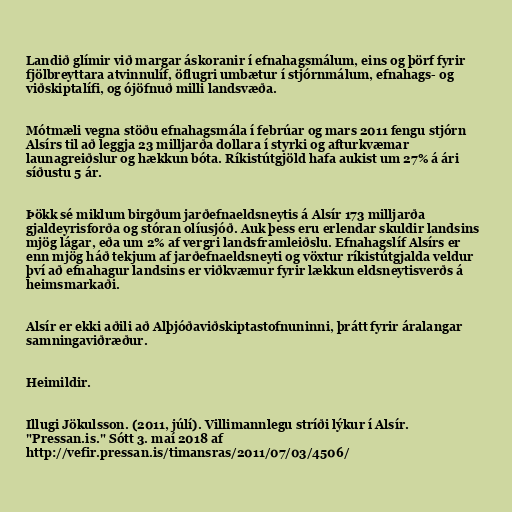
Landið glímir við margar áskoranir í efnahagsmálum, eins og þörf fyrir
fjölbreyttara atvinnulíf, öflugri umbætur í stjórnmálum, efnahags- og
viðskiptalífi, og ójöfnuð milli landsvæða.

Mótmæli vegna stöðu efnahagsmála í febrúar og mars 2011 fengu stjórn
Alsírs til að leggja 23 milljarða dollara í styrki og afturkvæmar
launagreiðslur og hækkun bóta. Ríkistútgjöld hafa aukist um 27% á ári
síðustu 5 ár.

Þökk sé miklum birgðum jarðefnaeldsneytis á Alsír 173 milljarða
gjaldeyrisforða og stóran olíusjóð. Auk þess eru erlendar skuldir landsins
mjög lágar, eða um 2% af vergri landsframleiðslu. Efnahagslíf Alsírs er
enn mjög háð tekjum af jarðefnaeldsneyti og vöxtur ríkistútgjalda veldur
því að efnahagur landsins er viðkvæmur fyrir lækkun eldsneytisverðs á
heimsmarkaði.

Alsír er ekki aðili að Alþjóðaviðskiptastofnuninni, þrátt fyrir áralangar
samningaviðræður.

Heimildir.

Illugi Jökulsson. (2011, júlí). Villimannlegu stríði lýkur í Alsír.
"Pressan.is." Sótt 3. maí 2018 af
http://vefir.pressan.is/timansras/2011/07/03/4506/